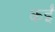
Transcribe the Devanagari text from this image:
कईँ